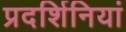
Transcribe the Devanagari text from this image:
प्रदर्शिनियां